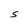
Character: S